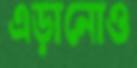
এড়ানোও